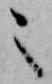
之